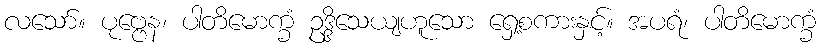
လသော်။ ပုဗ္ဗေန၊ ပါတိမောက္ခံ ဥဒ္ဒိသေယျဟူသော ရှေ့စကားနှင့်။ အပရံ၊ ပါတိမောက္ခံ